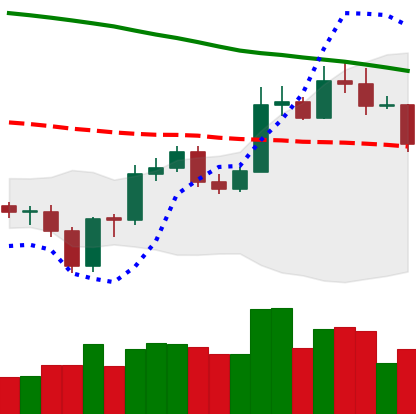
Ticker: ETC-USD
Chart end date: 2020-01-02
Forward return: 13.598%
Label: up_7plus